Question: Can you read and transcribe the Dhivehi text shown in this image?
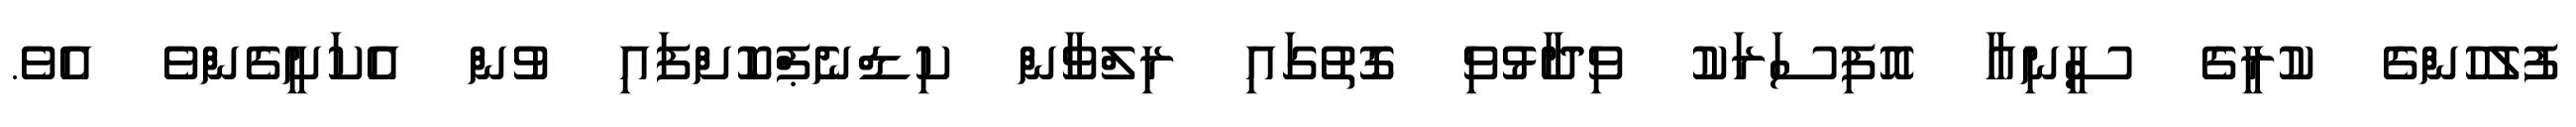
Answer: ފުލުހުންގެ ކުރީގެ ސީނިއާ އޮފިސަރަކު ވިދާޅުވި ގޮތުގައި ރިލްވާން ކިޑްނެޕްކޮށްފައި ވުން އެކަށީގެންވެ އެވެ.